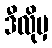
ဒီလိုမှ